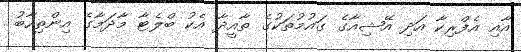
އާއި އެފްރިކާ އަދި އޭޝިއާގެ ގައުމުތަކުގެ ތާއީދާ އެކު ބްލެޓާ މާދަމާގެ އިންތިހާބު